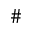
\#